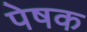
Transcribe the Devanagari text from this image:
पेषक